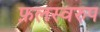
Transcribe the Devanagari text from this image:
फ़लस्वरुप